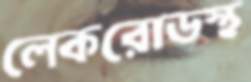
লেকরোডস্থ